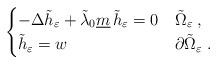
LaTeX: \begin{align*}\begin{cases}-\Delta \tilde{h}_{\varepsilon} + \tilde{\lambda}_0 \underline{m} \, \tilde{h}_{\varepsilon}=0 & \tilde{\Omega}_{\varepsilon} \; ,\\\tilde{h}_{\varepsilon} = w & \partial\tilde{\Omega}_{\varepsilon} \; .\end{cases}\end{align*}